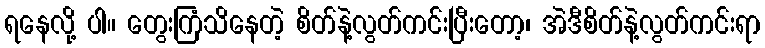
ရနေလို့ ပါ။ တွေးကြံသိနေတဲ့ စိတ်နဲ့လွတ်ကင်းပြီးတော့၊ အဲဒီစိတ်နဲ့လွတ်ကင်းရာ